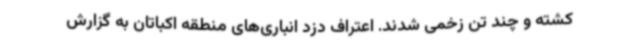
کشته و چند تن زخمی شدند. اعتراف دزد انباری‌های منطقه اکباتان به گزارش